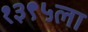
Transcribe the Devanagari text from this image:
१३९५ला